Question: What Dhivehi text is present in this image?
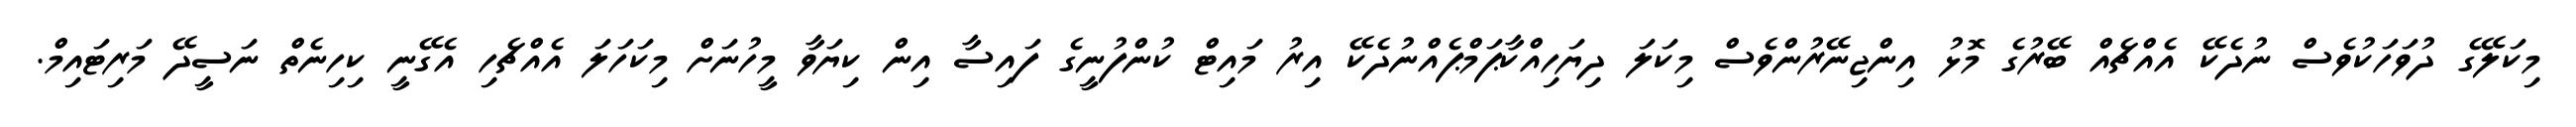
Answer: މިކަލޭގެ ދުވަހަކުވެސް ނުދެކޭ އެއްޗެއް ބޭރުގެ މޮޅު އިންޖިނޭރުންވެސް މިކަލަ ދިޔަހިއްކާޕަމްޕެއްނުދެކޭ އިރު މައިޓް ކުންފުނީގެ ފައިސާ އިން ކިޔަވާ މީހުނަށް މިކަހަލަ އެއްޗެހި އެގޭނީ ކިހިނެތް ނަސީދޭ މަރިޓައިމް.